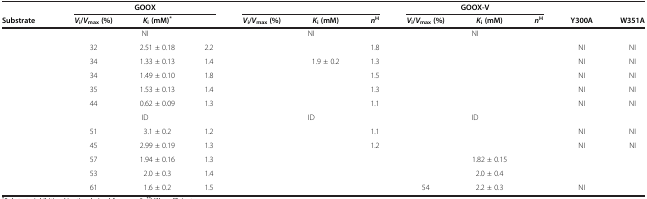
<table><thead><tr><td rowspan="2"><b>Substrate</b></td><td colspan="3"><b>GOOX</b></td><td colspan="3">[EMPTY_CELL]</td><td colspan="3"><b>GOOX-V</b></td><td rowspan="2"><b>Y300A</b></td><td rowspan="2"><b>W351A</b></td></tr><tr><td><b><i>V</i><sub>i</sub>/<i>V</i><sub>max </sub>(%)</b></td><td><b><i>K</i><sub>i </sub>(mM)<sup>*</sup></b></td><td>[EMPTY_CELL]</td><td><b><i>V</i><sub>i</sub>/<i>V</i><sub>max </sub>(%)</b></td><td><b><i>K</i><sub>i </sub>(mM)</b></td><td><b><i>n</i><sup>H</sup></b></td><td><b><i>V</i><sub>i</sub>/<i>V</i><sub>max </sub>(%)</b></td><td><b><i>K</i><sub>i </sub>(mM)</b></td><td><b><i>n</i><sup>H</sup></b></td></tr></thead><tbody><tr><td>[EMPTY_CELL]</td><td colspan="3">NI</td><td colspan="3">NI</td><td colspan="3">NI</td><td>[EMPTY_CELL]</td><td>[EMPTY_CELL]</td></tr><tr><td>[EMPTY_CELL]</td><td>32</td><td>2.51 ± 0.18</td><td>2.2</td><td>[EMPTY_CELL]</td><td>[EMPTY_CELL]</td><td>1.8</td><td>[EMPTY_CELL]</td><td>[EMPTY_CELL]</td><td>[EMPTY_CELL]</td><td>NI</td><td>NI</td></tr><tr><td>[EMPTY_CELL]</td><td>34</td><td>1.33 ± 0.13</td><td>1.4</td><td>[EMPTY_CELL]</td><td>1.9 ± 0.2</td><td>1.3</td><td>[EMPTY_CELL]</td><td>[EMPTY_CELL]</td><td>[EMPTY_CELL]</td><td>NI</td><td>NI</td></tr><tr><td>[EMPTY_CELL]</td><td>34</td><td>1.49 ± 0.10</td><td>1.8</td><td>[EMPTY_CELL]</td><td>[EMPTY_CELL]</td><td>1.5</td><td>[EMPTY_CELL]</td><td>[EMPTY_CELL]</td><td>[EMPTY_CELL]</td><td>NI</td><td>NI</td></tr><tr><td>[EMPTY_CELL]</td><td>35</td><td>1.53 ± 0.13</td><td>1.4</td><td>[EMPTY_CELL]</td><td>[EMPTY_CELL]</td><td>1.3</td><td>[EMPTY_CELL]</td><td>[EMPTY_CELL]</td><td>[EMPTY_CELL]</td><td>NI</td><td>NI</td></tr><tr><td>[EMPTY_CELL]</td><td>44</td><td>0.62 ± 0.09</td><td>1.3</td><td>[EMPTY_CELL]</td><td>[EMPTY_CELL]</td><td>1.1</td><td>[EMPTY_CELL]</td><td>[EMPTY_CELL]</td><td>[EMPTY_CELL]</td><td>NI</td><td>NI</td></tr><tr><td>[EMPTY_CELL]</td><td colspan="3">ID</td><td colspan="3">ID</td><td colspan="3">ID</td><td>[EMPTY_CELL]</td><td>[EMPTY_CELL]</td></tr><tr><td>[EMPTY_CELL]</td><td>51</td><td>3.1 ± 0.2</td><td>1.2</td><td>[EMPTY_CELL]</td><td>[EMPTY_CELL]</td><td>1.1</td><td>[EMPTY_CELL]</td><td>[EMPTY_CELL]</td><td>[EMPTY_CELL]</td><td>NI</td><td>NI</td></tr><tr><td>[EMPTY_CELL]</td><td>45</td><td>2.99 ± 0.19</td><td>1.3</td><td>[EMPTY_CELL]</td><td>[EMPTY_CELL]</td><td>1.2</td><td>[EMPTY_CELL]</td><td>[EMPTY_CELL]</td><td>[EMPTY_CELL]</td><td>NI</td><td>NI</td></tr><tr><td>[EMPTY_CELL]</td><td>57</td><td>1.94 ± 0.16</td><td>1.3</td><td colspan="3">[EMPTY_CELL]</td><td>[EMPTY_CELL]</td><td>1.82 ± 0.15</td><td>[EMPTY_CELL]</td><td>[EMPTY_CELL]</td><td>[EMPTY_CELL]</td></tr><tr><td>[EMPTY_CELL]</td><td>53</td><td>2.0 ± 0.3</td><td>1.4</td><td colspan="3">[EMPTY_CELL]</td><td>[EMPTY_CELL]</td><td>2.0 ± 0.4</td><td>[EMPTY_CELL]</td><td>[EMPTY_CELL]</td><td>[EMPTY_CELL]</td></tr><tr><td>[EMPTY_CELL]</td><td>61</td><td>1.6 ± 0.2</td><td>1.5</td><td colspan="3">[EMPTY_CELL]</td><td>54</td><td>2.2 ± 0.3</td><td>[EMPTY_CELL]</td><td>NI</td><td>[EMPTY_CELL]</td></tr></tbody></table>